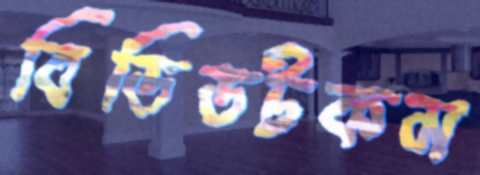
বিডিডটকম